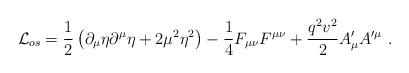
LaTeX: \begin{align*}\mathcal{L}_{os}=\frac{1}{2}\left( \partial _{\mu }\eta \partial ^{\mu }\eta+2\mu ^{2}\eta ^{2}\right) -\frac{1}{4}F_{\mu \nu }F^{\mu \nu }+\frac{q^{2}v^{2}}{2}A_{\mu }^{\prime }A^{\prime \mu }~.\end{align*}